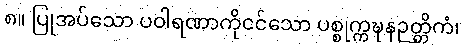
၈။ ပြုအပ်သော ပဝါရဏာကိုငင်သော ပစ္စုက္ကဍ္ဎနဉတ္တိကံ၊